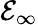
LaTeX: \mathcal{E}_{\infty}